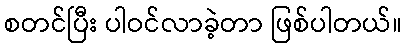
စတင်ပြီး ပါဝင်လာခဲ့တာ ဖြစ်ပါတယ်။